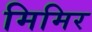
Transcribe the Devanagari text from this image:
मिमिर